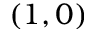
( 1 , 0 )